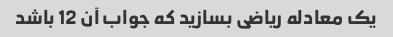
یک معادله ریاضی بسازید که جواب آن 12 باشد